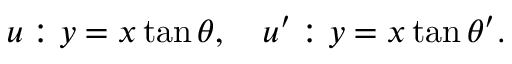
u : y = x \tan \theta , \quad u ^ { \prime } : y = x \tan \theta ^ { \prime } .